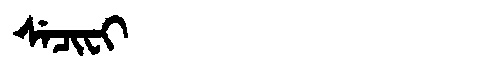
Manchu: ᠰᡝᠴᡳᠸᡳ
Romanization: SECIFI